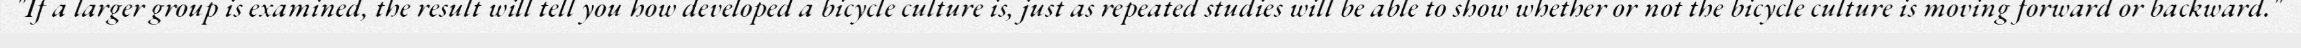
"If a larger group is examined, the result will tell you how developed a bicycle culture is, just as repeated studies will be able to show whether or not the bicycle culture is moving forward or backward."